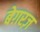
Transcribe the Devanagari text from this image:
बेग़रज़